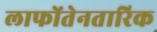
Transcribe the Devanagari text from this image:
लाफोंतेनतारिक